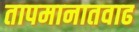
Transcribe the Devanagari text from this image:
तापमानातवाढ